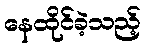
နေထိုင်ခဲ့သည့်